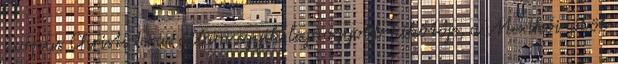
Corpus Christi Texas állam egyik legnagyobb kikötője, a Mexikói-öböl